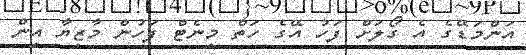
އަންމަޑޭގެ އެ ގޯލަށް ފަހު އޭގެ ހަތް މިނެޓް ފަހުން މާޒިޔާ އިން